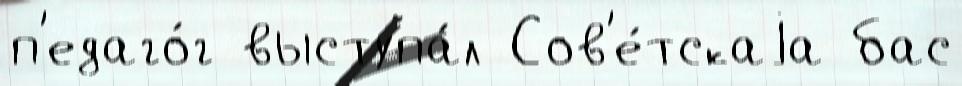
п'едаго́г выступа́л Сов'е́тскаjа бас